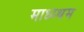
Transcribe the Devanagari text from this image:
माध्य्थम